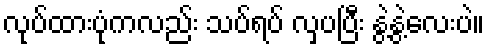
လုပ်ထားပုံကလည်း သပ်ရပ် လှပပြီး နွဲ့နွဲ့လေးပဲ။